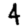
Digit: 4